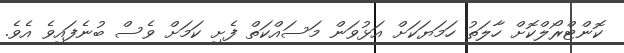
ކޮންޓްރޯލްކޮށް ހާލަތު ހަމަޔަކަށް އަޅުވަން މަސައްކަތް ފެށި ކަމަށް ވެސް ބުނެފައިވެ އެވެ.